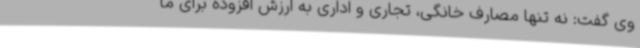
وی گفت: نه تنها مصارف خانگی، تجاری و اداری به ارزش افزوده برای ما